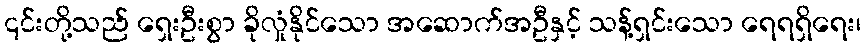
၎င်းတို့သည် ရှေးဦးစွာ ခိုလှုံနိုင်သော အဆောက်အဦနှင့် သန့်ရှင်းသော ရေရရှိရေး၊